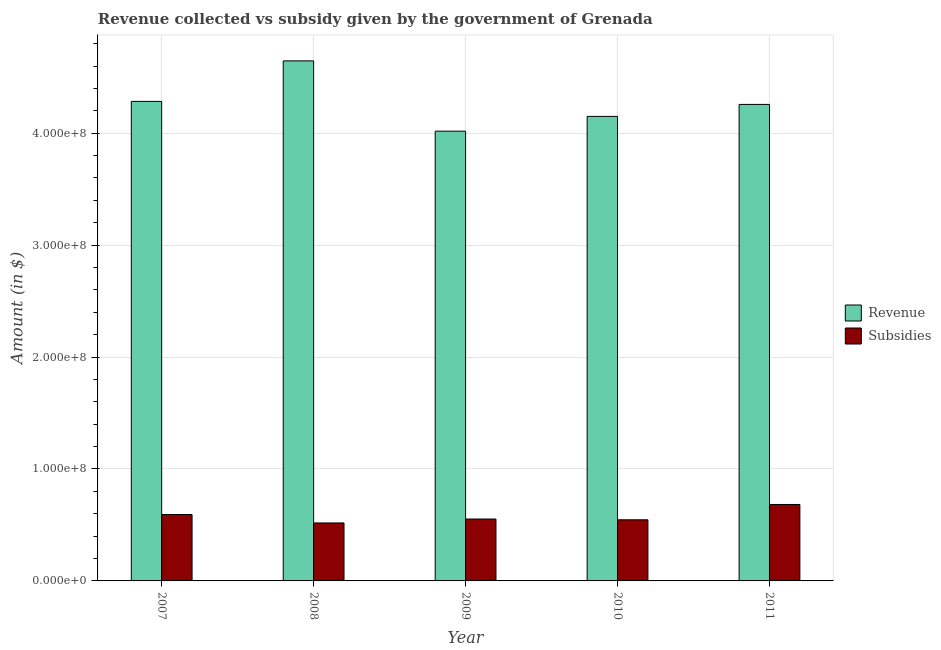
| Year | Revenue | Subsidies |
 | --- | --- | --- |
 | 2007 | 4.28e+08 | 5.93e+07 |
 | 2008 | 4.65e+08 | 5.18e+07 |
 | 2009 | 4.02e+08 | 5.53e+07 |
 | 2010 | 4.15e+08 | 5.46e+07 |
 | 2011 | 4.26e+08 | 6.83e+07 |